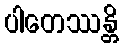
ပါတေဿန္တိ